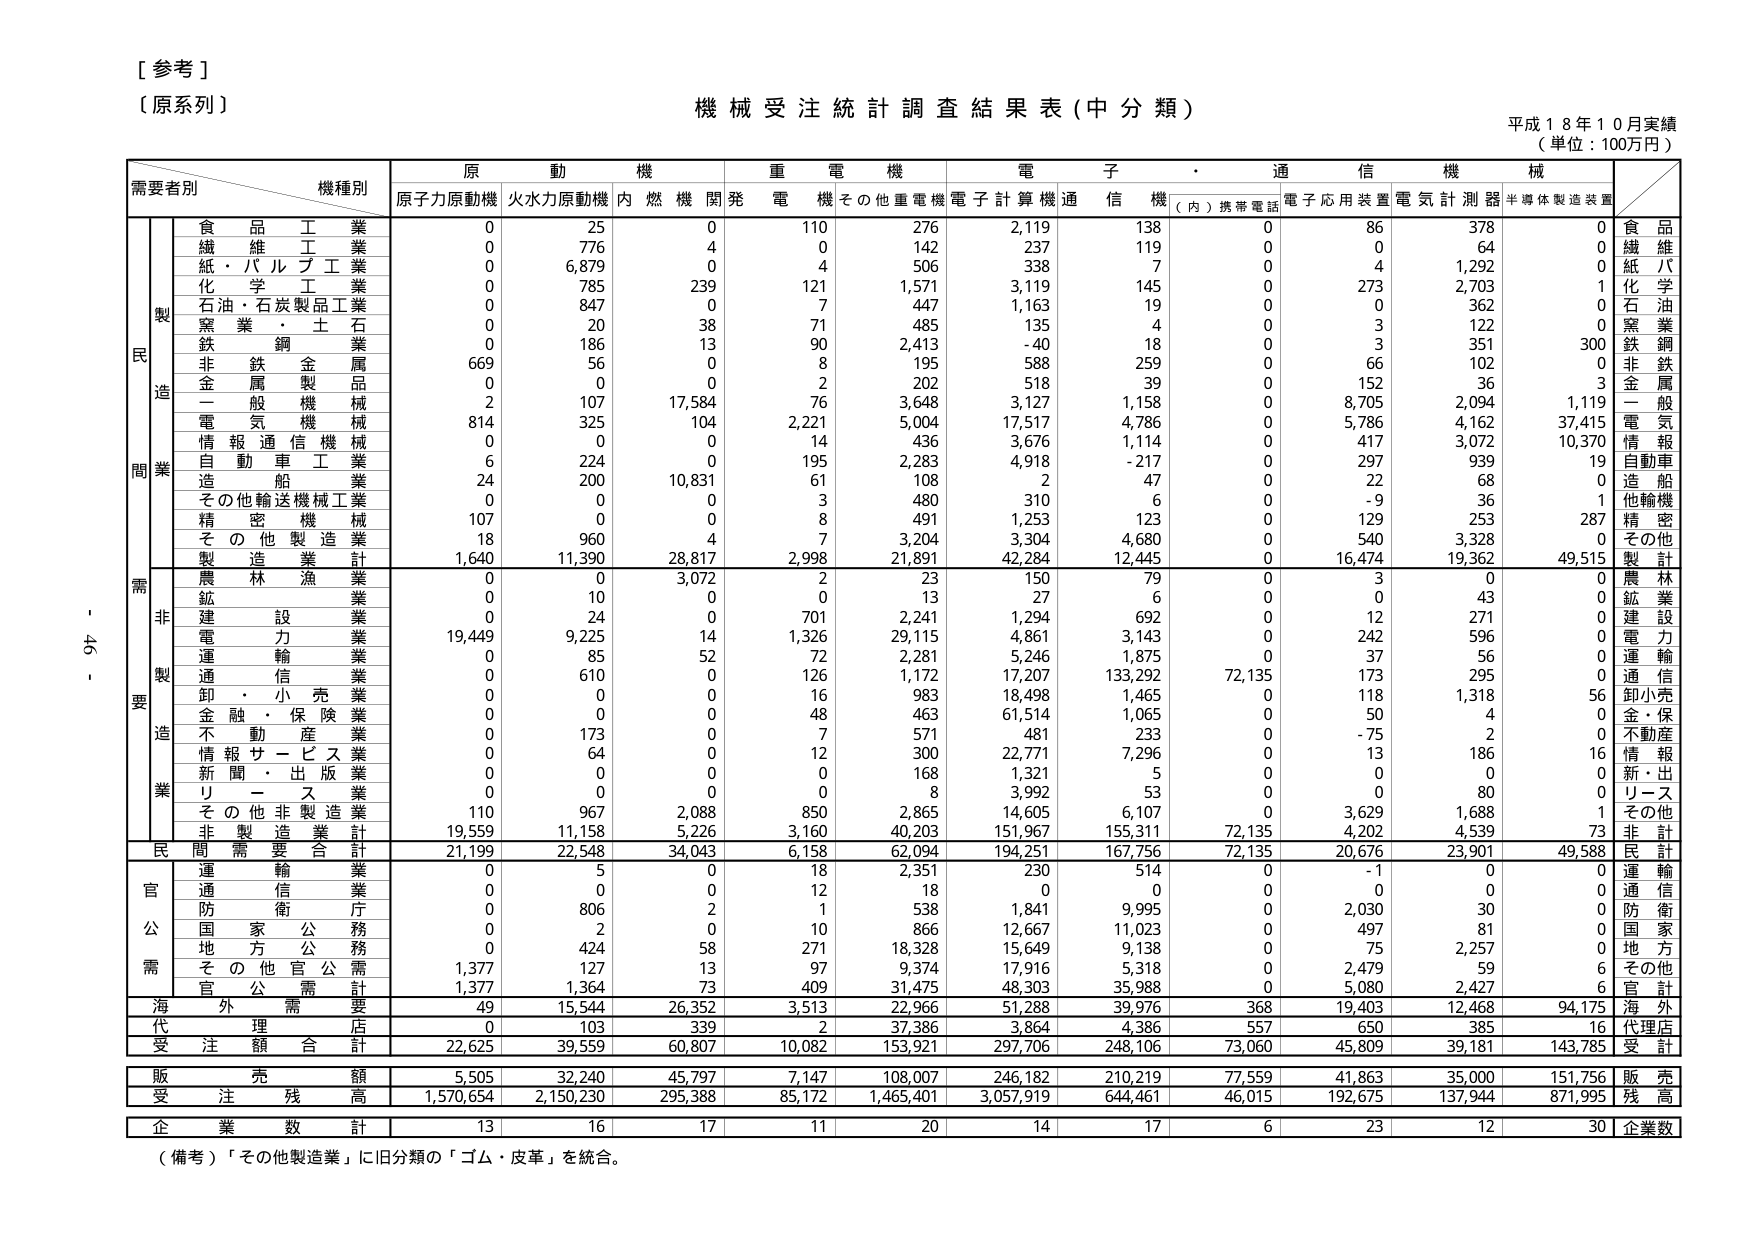
[参考]
〔原系列〕
機械受注統計調査結果表（中分類）
平成18年10月実績
（単位：100万円）

需要者別　機種別
　　　　　　原　動　機　　重　電　機　　電　子　・　通　信　機　械
　　　　　　原子力原動機　火水力原動機　内燃機関発　電機　その他重電機　電子計算機　通信機　（内）携帯電話　電子応用装置　電気計測器　半導体製造装置

　　　　　　食　品　工　業　　　0　　　25　　　0　　　110　　　276　　　2,119　　　138　　　0　　　86　　　378　　　0　　　食　品
　　　　　　繊　維　工　業　　　0　　　776　　　4　　　0　　　142　　　237　　　119　　　0　　　0　　　64　　　0　　　繊　維
　　　　　　紙・パルプ工業　　　0　　　6,879　　　0　　　4　　　506　　　338　　　7　　　0　　　4　　　1,292　　　0　　　紙・パ
　　　　　　化　学　工　業　　　0　　　785　　　239　　　121　　　1,571　　　3,119　　　145　　　0　　　273　　　2,703　　　1　　　化　学
　　　　　　石油・石炭製品工業　0　　　847　　　0　　　7　　　447　　　1,163　　　19　　　0　　　0　　　362　　　0　　　石　油
　　　　　　窯　業・土　石　　　0　　　20　　　38　　　71　　　485　　　135　　　4　　　0　　　3　　　122　　　0　　　窯　業
　　　　　　鉄　鋼　　　　　　0　　　186　　　13　　　90　　　2,413　　　-40　　　18　　　0　　　3　　　351　　　300　　　鉄　鋼
　　　　　　非　鉄　金　属　　　669　　　56　　　0　　　8　　　195　　　588　　　259　　　0　　　66　　　102　　　0　　　非　鉄
　　　　　　金　属　製　品　　　0　　　0　　　0　　　2　　　202　　　518　　　39　　　0　　　152　　　36　　　3　　　金　属
　　　　　　一　般　機　械　　　2　　　107　　　17,584　　　76　　　3,648　　　3,127　　　1,158　　　0　　　8,705　　　2,094　　　1,119　　　一　般
　　　　　　電　気　機　械　　　814　　　325　　　104　　　2,221　　　5,004　　　17,517　　　4,786　　　0　　　5,786　　　4,162　　　37,415　　　電　気
　　　　　　情　報　通　信　機　械　0　　　0　　　0　　　14　　　436　　　3,676　　　1,114　　　0　　　417　　　3,072　　　10,370　　　情　報
　　　　　　自　動　車　工　業　　　6　　　224　　　0　　　195　　　2,283　　　4,918　　　-217　　　0　　　297　　　939　　　19　　　自動車
　　　　　　造　船　　　　　　24　　　200　　　10,831　　　61　　　108　　　2　　　47　　　0　　　22　　　68　　　0　　　造　船
　　　　　　その他輸送機械工業　0　　　0　　　0　　　3　　　480　　　310　　　6　　　0　　　-9　　　36　　　1　　　他輸機
　　　　　　精　密　機　械　　　107　　　0　　　0　　　8　　　491　　　1,253　　　123　　　0　　　129　　　253　　　287　　　精　密
　　　　　　そ　の　他　製　造　業　18　　　960　　　4　　　7　　　3,204　　　3,304　　　4,680　　　0　　　540　　　3,328　　　0　　　その他
　　　　　　製　造　業　計　　　1,640　　　11,390　　　28,817　　　2,998　　　21,891　　　42,284　　　12,445　　　0　　　16,474　　　19,362　　　49,515　　　製　計

　　　　　　農　林　漁　業　　　0　　　0　　　3,072　　　2　　　23　　　150　　　79　　　0　　　3　　　0　　　0　　　農　林
　　　　　　鉱　業　　　　　　0　　　10　　　0　　　0　　　13　　　27　　　6　　　0　　　0　　　43　　　0　　　鉱　業
　　　　　　建　設　業　　　　　0　　　24　　　0　　　701　　　2,241　　　1,294　　　692　　　0　　　12　　　271　　　0　　　建　設
　　　　　　電　力　　　　　　19,449　　　9,225　　　14　　　1,326　　　29,115　　　4,861　　　3,143　　　0　　　242　　　596　　　0　　　電　力
　　　　　　運　輸　　　　　　0　　　85　　　52　　　72　　　2,281　　　5,246　　　1,875　　　0　　　37　　　56　　　0　　　運　輸
　　　　　　通　信　　　　　　0　　　610　　　0　　　126　　　1,172　　　17,207　　　133,292　　　72,135　　　173　　　295　　　0　　　通　信
　　　　　　卸・小　売　業　　　0　　　0　　　0　　　16　　　983　　　18,498　　　1,465　　　0　　　118　　　1,318　　　56　　　卸小売
　　　　　　金　融・保　険　業　0　　　0　　　0　　　48　　　463　　　61,514　　　1,065　　　0　　　50　　　4　　　0　　　金・保
　　　　　　不　動　産　　　　　0　　　173　　　0　　　7　　　571　　　481　　　233　　　0　　　-75　　　2　　　0　　　不動産
　　　　　　情　報　サ　ー　ビ　ス　業　0　　　64　　　0　　　12　　　300　　　22,771　　　7,296　　　0　　　13　　　186　　　16　　　情　報
　　　　　　新　聞・出　版　業　0　　　0　　　0　　　0　　　168　　　1,321　　　5　　　0　　　0　　　0　　　0　　　新・出
　　　　　　リ　ー　ス　　　　　0　　　0　　　0　　　0　　　8　　　3,992　　　53　　　0　　　0　　　80　　　0　　　リース
　　　　　　そ　の　他　非　製　造　業　110　　　967　　　2,088　　　850　　　2,865　　　14,605　　　6,107　　　0　　　3,629　　　1,688　　　1　　　その他
　　　　　　非　製　造　業　計　19,559　　　11,158　　　5,226　　　3,160　　　40,203　　　151,967　　　155,311　　　72,135　　　4,202　　　4,539　　　73　　　非　計

　　　　　　民　間　需　要　合　計　21,199　　　22,548　　　34,043　　　6,158　　　62,094　　　194,251　　　167,756　　　72,135　　　20,676　　　23,901　　　49,588　　　民　計

　　　　　　運　輸　　　　　　0　　　5　　　0　　　18　　　2,351　　　230　　　514　　　0　　　-1　　　0　　　0　　　運　輸
　　　　　　通　信　　　　　　0　　　0　　　0　　　12　　　18　　　0　　　0　　　0　　　0　　　0　　　0　　　通　信
　　　　　　防　衛　庁　　　　0　　　806　　　2　　　1　　　538　　　1,841　　　9,995　　　0　　　2,030　　　30　　　0　　　防　衛
　　　　　　国　家　公　務　　　0　　　2　　　0　　　10　　　866　　　12,667　　　11,023　　　0　　　497　　　81　　　0　　　国　家
　　　　　　地　方　公　務　　　0　　　424　　　58　　　271　　　18,328　　　15,649　　　9,138　　　0　　　75　　　2,257　　　0　　　地　方
　　　　　　そ　の　他　官　公　需　1,377　　　127　　　13　　　97　　　9,374　　　17,916　　　5,318　　　0　　　2,479　　　59　　　6　　　その他
　　　　　　官　公　需　計　　　1,377　　　1,364　　　73　　　409　　　31,475　　　48,303　　　35,988　　　0　　　5,080　　　2,427　　　6　　　官　計

　　　　　　海　外　需　要　　　49　　　15,544　　　26,352　　　3,513　　　22,966　　　51,288　　　39,976　　　368　　　19,403　　　12,468　　　94,175　　　海　外
　　　　　　代　理　店　　　　0　　　103　　　339　　　2　　　37,386　　　3,864　　　4,386　　　557　　　650　　　385　　　16　　　代理店
　　　　　　受　注　額　合　計　22,625　　　39,559　　　60,807　　　10,082　　　153,921　　　297,706　　　248,106　　　73,060　　　45,809　　　39,181　　　143,785　　　受　計

　　　　　　販　売　額　　　　5,505　　　32,240　　　45,797　　　7,147　　　108,007　　　246,182　　　210,219　　　77,559　　　41,863　　　35,000　　　151,756　　　販　売
　　　　　　受　注　残　高　　1,570,654　　　2,150,230　　　295,388　　　85,172　　　1,465,401　　　3,057,919　　　644,461　　　46,015　　　192,675　　　137,944　　　871,995　　　残　高

　　　　　　企　業　数　計　　　13　　　16　　　17　　　11　　　20　　　14　　　17　　　6　　　23　　　12　　　30　　　企業数

（備考）「その他製造業」に旧分類の「ゴム・皮革」を統合。